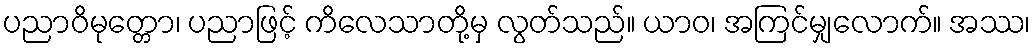
ပညာဝိမုတ္တော၊ ပညာဖြင့် ကိလေသာတို့မှ လွတ်သည်။ ယာဝ၊ အကြင်မျှလောက်။ အဿ၊